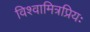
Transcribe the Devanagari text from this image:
विश्वामित्रप्रियः